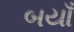
બયાઁ